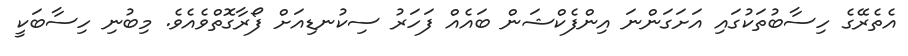
އެތެރޭގެ ހިސާބުތަކުގައި އަށަގަންނަ އިންފެކްޝަން ބައެއް ފަހަރު ސިކުނޑިއަށް ފޯރާގޮތްވެއެވެ. މިބުނި ހިސާބަކީ